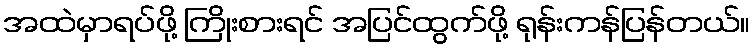
အထဲမှာရပ်ဖို့ ကြိုးစားရင် အပြင်ထွက်ဖို့ ရုန်းကန်ပြန်တယ်။